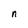
Character: n